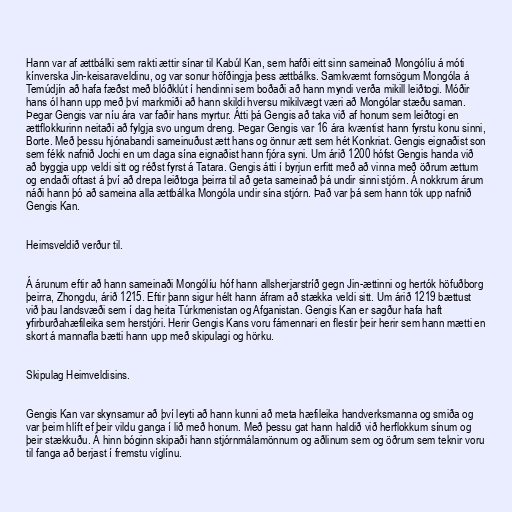
Hann var af ættbálki sem rakti ættir sínar til Kabúl Kan, sem hafði eitt sinn sameinað Mongólíu á móti
kínverska Jin-keisaraveldinu, og var sonur höfðingja þess ættbálks. Samkvæmt fornsögum Mongóla á
Temúdjín að hafa fæðst með blóðklút í hendinni sem boðaði að hann myndi verða mikill leiðtogi. Móðir
hans ól hann upp með því markmiði að hann skildi hversu mikilvægt væri að Mongólar stæðu saman.
Þegar Gengis var níu ára var faðir hans myrtur. Átti þá Gengis að taka við af honum sem leiðtogi en
ættflokkurinn neitaði að fylgja svo ungum dreng. Þegar Gengis var 16 ára kvæntist hann fyrstu konu sinni,
Borte. Með þessu hjónabandi sameinuðust ætt hans og önnur ætt sem hét Konkriat. Gengis eignaðist son
sem fékk nafnið Jochi en um daga sína eignaðist hann fjóra syni. Um árið 1200 hófst Gengis handa við
að byggja upp veldi sitt og réðst fyrst á Tatara. Gengis átti í byrjun erfitt með að vinna með öðrum ættum
og endaði oftast á því að drepa leiðtoga þeirra til að geta sameinað þá undir sinni stjórn. Á nokkrum árum
náði hann þó að sameina alla ættbálka Mongóla undir sína stjórn. Það var þá sem hann tók upp nafnið
Gengis Kan.

Heimsveldið verður til.

Á árunum eftir að hann sameinaði Mongólíu hóf hann allsherjarstríð gegn Jin-ættinni og hertók höfuðborg
þeirra, Zhongdu, árið 1215. Eftir þann sigur hélt hann áfram að stækka veldi sitt. Um árið 1219 bættust
við þau landsvæði sem í dag heita Túrkmenistan og Afganistan. Gengis Kan er sagður hafa haft
yfirburðahæfileika sem herstjóri. Herir Gengis Kans voru fámennari en flestir þeir herir sem hann mætti en
skort á mannafla bætti hann upp með skipulagi og hörku.

Skipulag Heimveldisins.

Gengis Kan var skynsamur að því leyti að hann kunni að meta hæfileika handverksmanna og smiða og
var þeim hlíft ef þeir vildu ganga í lið með honum. Með þessu gat hann haldið við herflokkum sínum og
þeir stækkuðu. Á hinn bóginn skipaði hann stjórnmálamönnum og aðlinum sem og öðrum sem teknir voru
til fanga að berjast í fremstu víglínu.